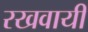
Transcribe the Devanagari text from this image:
रखवायी